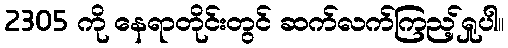
2305 ကို နေရာတိုင်းတွင် ဆက်လက်ကြည့်ရှုပါ။